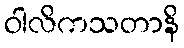
ဝါလိကသတာနိ